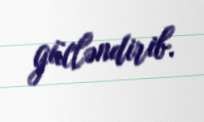
gücləndirib.